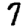
Digit: 7